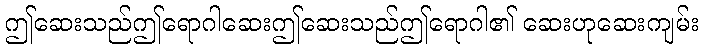
ဤဆေးသည်ဤရောဂါဆေးဤဆေးသည်ဤရောဂါ၏ ဆေးဟုဆေးကျမ်း